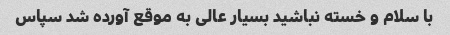
با سلام و خسته نباشید بسیار عالی به موقع آورده شد سپاس